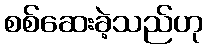
စစ်ဆေးခဲ့သည်ဟု